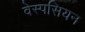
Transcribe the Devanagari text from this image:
वेस्पसियन